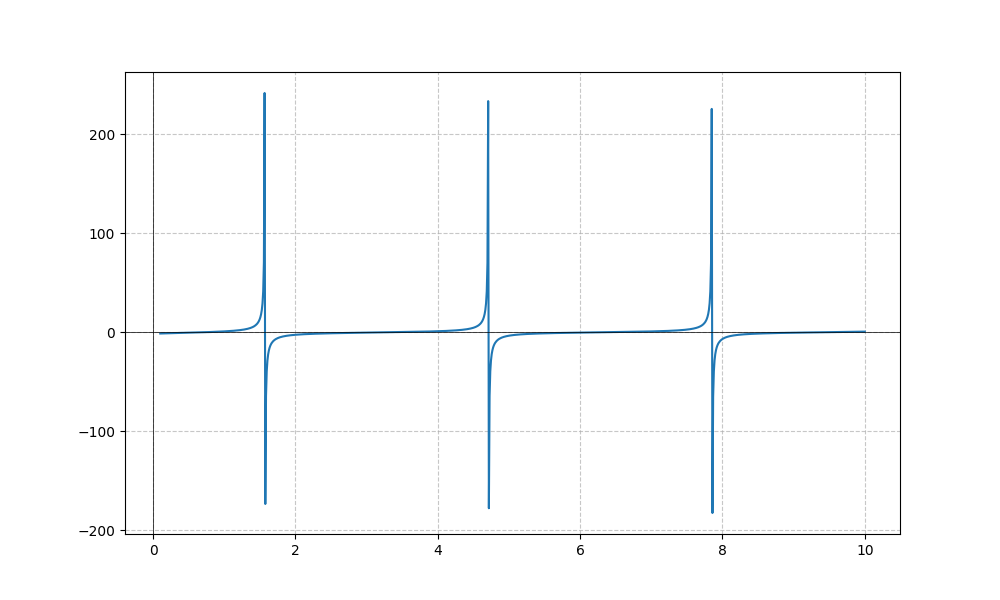
LaTeX formula: \tan{\left(x \right)} - \operatorname{acot}{\left(x \right)}